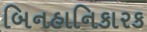
બિનહાનિકારક